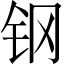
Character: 钢